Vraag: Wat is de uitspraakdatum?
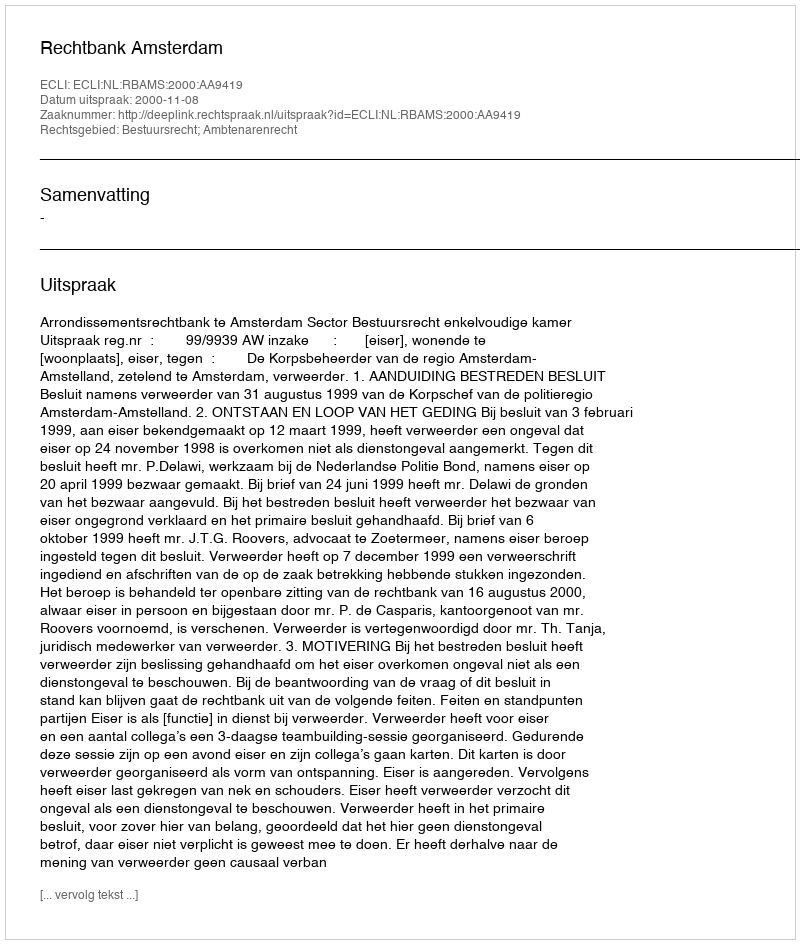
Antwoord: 2000-11-08